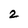
Character: 2